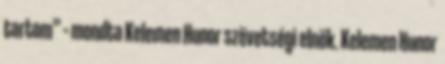
tartom” – mondta Kelemen Hunor szövetségi elnök. Kelemen Hunor